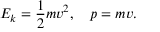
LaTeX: E _ { k } = { \frac { 1 } { 2 } } m v ^ { 2 } , \quad p = m v .